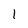
Character: 1